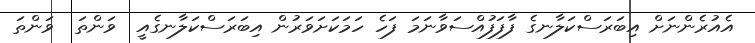
އެއުރެންނަށް އިބަރަސްކަލާނގެ ފާފަފުއްސަވާނަމަ ފަހެ ހަމަކަށަވަރުން އިބަރަސްކަލާނގެއީ  ވަންތަ  ވަންތަ